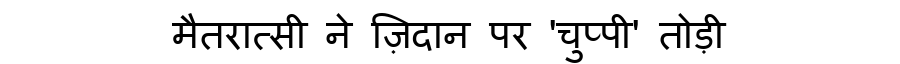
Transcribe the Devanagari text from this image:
मैतरात्सी ने ज़िदान पर 'चुप्पी' तोड़ी